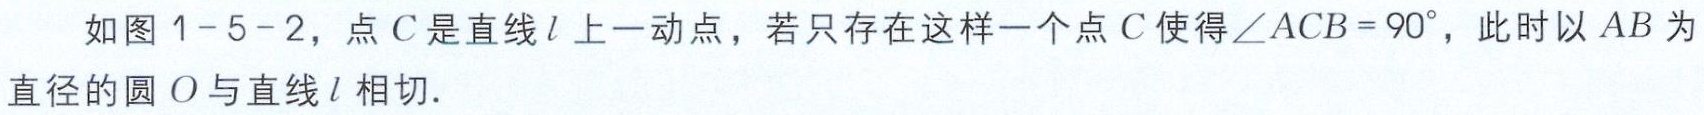
如图1-5-2，点\(C\)是直线\(l\)上一动点，若只存在这样一个点\(C\)使得\(\angle ACB = 90^{\circ}\)，此时以\(AB\)为直径的圆\(O\)与直线\(l\)相切.